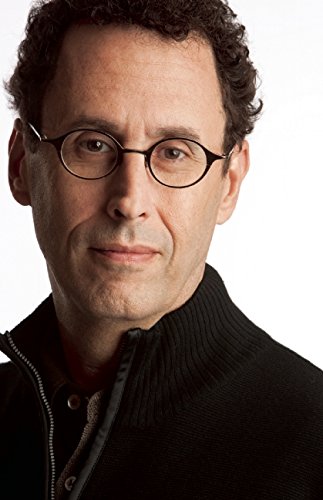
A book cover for The Intelligent Homosexual's Guide to Capitalism and Socialism with a Key to the Scriptures; Tony Kushner; Literature & Fiction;